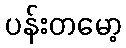
ပန်းတမော့